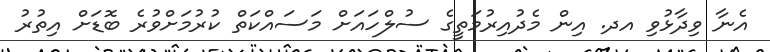
އެނާ ވިދާޅުވި އދ. އިން މެދުއިރުމަތީގެ ސުލްހައަށް މަސައްކަތް ކުރުމަށްވުރެ ބޮޑަށް އިތުރު